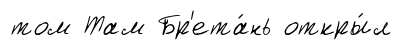
том Там Бр'ета́нь откры́л